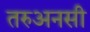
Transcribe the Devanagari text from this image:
तरुअनसी